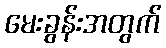
မေးခွန်းအတွက်